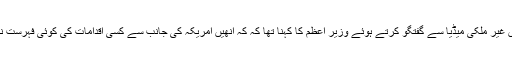
اسلام آباد میں غیر ملکی میڈیا سے گفتگو کرتے ہوئے وزیر اعظم کا کہنا تھا کہ کہ انھیں امریکہ کی جانب سے کسی اقدامات کی کوئی فہرست نہیں ملی ہے۔